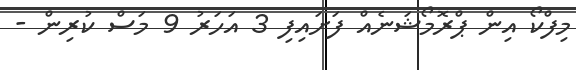
މިފްކޯ އިން ޕްރޮމޯޝަނެއް ފަށައިފި 3 އަހަރު 9 މަސް ކުރިން -